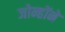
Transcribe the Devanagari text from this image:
जोन्होंने